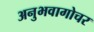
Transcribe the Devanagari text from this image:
अनुभवागोचर